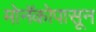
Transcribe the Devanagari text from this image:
मोनॅकोपासून